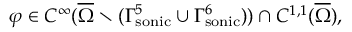
\varphi \in C ^ { \infty } ( \overline { { \Omega } } \setminus ( { \Gamma _ { \mathrm { { s o n i c } } } ^ { 5 } } \cup { \Gamma _ { \mathrm { { s o n i c } } } ^ { 6 } } ) ) \cap C ^ { 1 , 1 } ( \overline { { \Omega } } ) ,